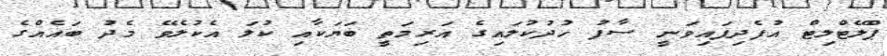
ޕްލޭޓްލިޓް އުފެދިފައިވަނީ ސާފު ހުދުކުލައިގެ އަރިމަތީ ބަޔަކާއި ކުލަ އެކުލެވޭ މެދު ބައެއްގެ